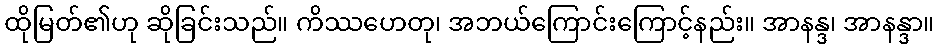
ထိုမြတ်၏ဟု ဆိုခြင်းသည်။ ကိဿဟေတု၊ အဘယ်ကြောင်းကြောင့်နည်း။ အာနန္ဒ၊ အာနန္ဒာ။